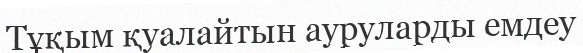
Тұқым қуалайтын ауруларды емдеу